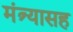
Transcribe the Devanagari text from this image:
मंत्र्यासह